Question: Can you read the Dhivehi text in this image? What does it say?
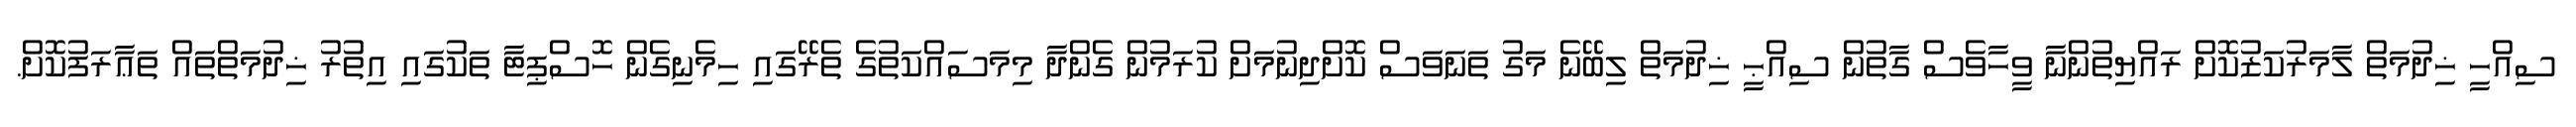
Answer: ސިއްހީ ޚިދުމަތް ލާމަރުކަޒުކޮށް ރައްޔިތުންނާ ވީހާވެސް ގާތުން ސިއްޙީ ޚިދުމަތް ލިބޭނެ މަގު ތަނަވަސް ކޮށްދިނުމަށް ކުރަމުން ގެންދާ މިމަސައްކަތުގެ ތެރޭގައި ހިމެނިގެން ހޮސްޕިޓާ ތަކުގައި އިތުރު ޚިދުމަތްތައް ތަޢާރަފުކޮށް.